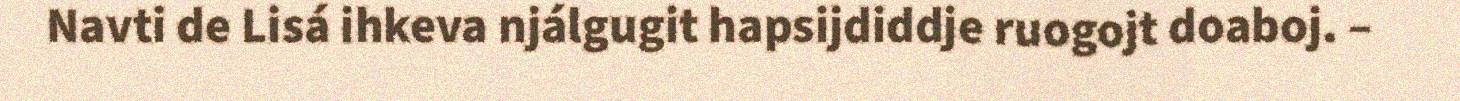
Navti de Lisá ihkeva njálgugit hapsijdiddje ruogojt doaboj. –